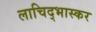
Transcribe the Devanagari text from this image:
लाचिद्भास्कर